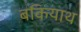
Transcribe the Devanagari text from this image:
बकियाथ